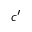
c ^ { \prime }